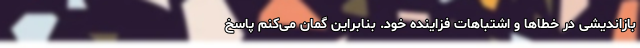
بازاندیشی در خطاها و اشتباهات فزاینده خود. بنابراین گمان می‌کنم پاسخ